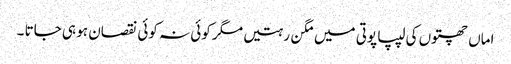
اماں چھتوں کی لیپا پوتی میں مگن رہتیں مگر کوئی نہ کوئی نقصان ہو ہی جاتا ۔